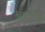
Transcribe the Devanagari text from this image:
बुद्धापुढे